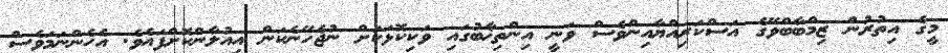
މީގެ އިތުރުން ޒިމްބާބްވޭގެ އަސްކަރިއްޔާއިންވެސް ވަނީ އިންތިޚާބުގައި ވަކިކޮޅަކަށް ނުޖެހޭނެކަން އިއުލާންކޮށްފައެވެ. އެހެންނަމަވެސް